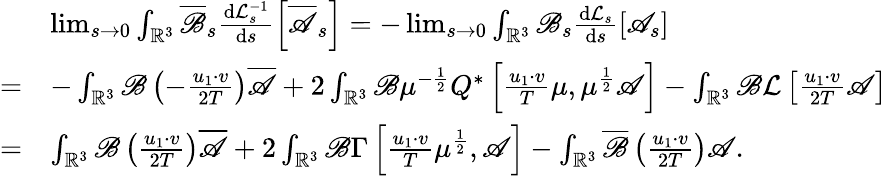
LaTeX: \begin{array}{rl}&{\operatorname*{lim}_{s\rightarrow 0}\int_{\mathbb{R}^{3}}\overline{\mathscr{B}}_{s}\frac{\mathrm{d}\mathcal{L}_{s}^{-1}}{\mathrm{d}s}\left[\overline{{\mathscr{A}}}_{s}\right]=-\operatorname*{lim}_{s\rightarrow 0}\int_{\mathbb{R}^{3}}\mathscr{B}_{s}\frac{\mathrm{d}\mathcal{L}_{s}}{\mathrm{d}s}\left[\mathscr{A}_{s}\right]}\\ {=}&{-\int_{\mathbb{R}^{3}}\mathscr{B}\left(-\frac{u_{1}\cdot v}{2T}\right)\overline{{\mathscr{A}}}+2\int_{\mathbb{R}^{3}}\mathscr{B}\mu^{-\frac{1}{2}}Q^{\ast}\left[\frac{u_{1}\cdot v}{T}\mu,\mu^{\frac{1}{2}}\mathscr{A}\right]-\int_{\mathbb{R}^{3}}\mathscr{B}\mathcal{L}\left[\frac{u_{1}\cdot v}{2T}\mathscr{A}\right]}\\ {=}&{\int_{\mathbb{R}^{3}}\mathscr{B}\left(\frac{u_{1}\cdot v}{2T}\right)\overline{{\mathscr{A}}}+2\int_{\mathbb{R}^{3}}\mathscr{B}\Gamma\left[\frac{u_{1}\cdot v}{T}\mu^{\frac{1}{2}},\mathscr{A}\right]-\int_{\mathbb{R}^{3}}\overline{\mathscr{B}}\left(\frac{u_{1}\cdot v}{2T}\right)\mathscr{A}.}\end{array}